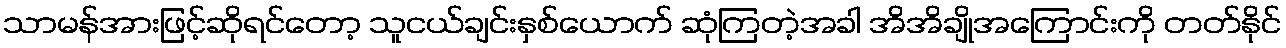
သာမန်အားဖြင့်ဆိုရင်တော့ သူငယ်ချင်းနှစ်ယောက် ဆုံကြတဲ့အခါ အိအိချိုအကြောင်းကို တတ်နိုင်